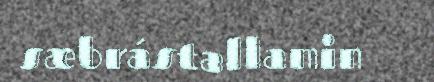
sæbrástallamin